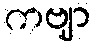
ကဗျာ